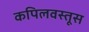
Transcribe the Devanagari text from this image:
कपिलवस्तूस